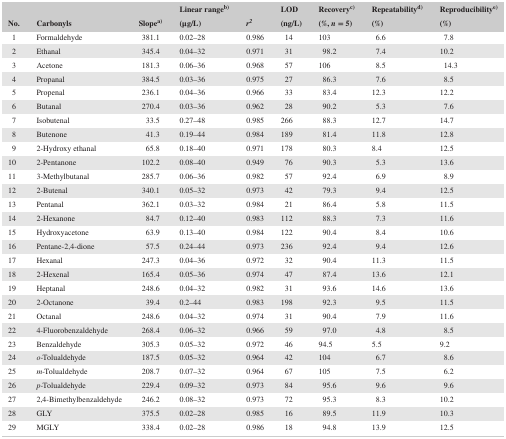
<table><thead><tr><td></td><td></td><td></td><td><b>Linear rangeb)</b></td><td></td><td><b>LOD</b></td><td><b>Recoveryc)</b></td><td><b>Repeatabilityd)</b></td><td><b>Reproducibilitye)</b></td></tr><tr><td><b>No.</b></td><td><b>Carbonyls</b></td><td><b>Slopea)</b></td><td><b>(μg/L)</b></td><td><b><i>r<sup>2</sup></i></b></td><td><b>(ng/L)</b></td><td><b>(%, <i>n</i> = 5)</b></td><td><b>(%)</b></td><td><b>(%)</b></td></tr></thead><tbody><tr><td>1</td><td>Formaldehyde</td><td>381.1</td><td>0.02–28</td><td>0.986</td><td>14</td><td>103</td><td>6.6</td><td>7.8</td></tr><tr><td>2</td><td>Ethanal</td><td>345.4</td><td>0.04–32</td><td>0.971</td><td>31</td><td>98.2</td><td>7.4</td><td>10.2</td></tr><tr><td>3</td><td>Acetone</td><td>181.3</td><td>0.06–36</td><td>0.968</td><td>57</td><td>106</td><td>8.5</td><td>14.3</td></tr><tr><td>4</td><td>Propanal</td><td>384.5</td><td>0.03–36</td><td>0.975</td><td>27</td><td>86.3</td><td>7.6</td><td>8.5</td></tr><tr><td>5</td><td>Propenal</td><td>236.1</td><td>0.04–36</td><td>0.966</td><td>33</td><td>83.4</td><td>12.3</td><td>12.2</td></tr><tr><td>6</td><td>Butanal</td><td>270.4</td><td>0.03–36</td><td>0.962</td><td>28</td><td>90.2</td><td>5.3</td><td>7.6</td></tr><tr><td>7</td><td>Isobutenal</td><td>33.5</td><td>0.27–48</td><td>0.985</td><td>266</td><td>88.3</td><td>12.7</td><td>14.7</td></tr><tr><td>8</td><td>Butenone</td><td>41.3</td><td>0.19–44</td><td>0.984</td><td>189</td><td>81.4</td><td>11.8</td><td>12.8</td></tr><tr><td>9</td><td>2‐Hydroxy ethanal</td><td>65.8</td><td>0.18–40</td><td>0.971</td><td>178</td><td>80.3</td><td>8.4</td><td>12.5</td></tr><tr><td>10</td><td>2‐Pentanone</td><td>102.2</td><td>0.08–40</td><td>0.949</td><td>76</td><td>90.3</td><td>5.3</td><td>13.6</td></tr><tr><td>11</td><td>3‐Methylbutanal</td><td>285.7</td><td>0.06–36</td><td>0.982</td><td>57</td><td>92.4</td><td>6.9</td><td>8.9</td></tr><tr><td>12</td><td>2‐Butenal</td><td>340.1</td><td>0.05–32</td><td>0.973</td><td>42</td><td>79.3</td><td>9.4</td><td>12.5</td></tr><tr><td>13</td><td>Pentanal</td><td>362.1</td><td>0.03–32</td><td>0.984</td><td>21</td><td>86.4</td><td>5.8</td><td>11.5</td></tr><tr><td>14</td><td>2‐Hexanone</td><td>84.7</td><td>0.12–40</td><td>0.983</td><td>112</td><td>88.3</td><td>7.3</td><td>11.6</td></tr><tr><td>15</td><td>Hydroxyacetone</td><td>63.9</td><td>0.13–40</td><td>0.984</td><td>122</td><td>90.4</td><td>8.4</td><td>10.6</td></tr><tr><td>16</td><td>Pentane‐2,4‐dione</td><td>57.5</td><td>0.24–44</td><td>0.973</td><td>236</td><td>92.4</td><td>9.4</td><td>12.6</td></tr><tr><td>17</td><td>Hexanal</td><td>247.3</td><td>0.04–36</td><td>0.972</td><td>32</td><td>90.4</td><td>11.3</td><td>11.5</td></tr><tr><td>18</td><td>2‐Hexenal</td><td>165.4</td><td>0.05–36</td><td>0.974</td><td>47</td><td>87.4</td><td>13.6</td><td>12.1</td></tr><tr><td>19</td><td>Heptanal</td><td>248.6</td><td>0.04–32</td><td>0.982</td><td>31</td><td>93.6</td><td>14.6</td><td>13.6</td></tr><tr><td>20</td><td>2‐Octanone</td><td>39.4</td><td>0.2–44</td><td>0.983</td><td>198</td><td>92.3</td><td>9.5</td><td>11.5</td></tr><tr><td>21</td><td>Octanal</td><td>248.6</td><td>0.04–32</td><td>0.974</td><td>31</td><td>90.4</td><td>7.9</td><td>11.6</td></tr><tr><td>22</td><td>4‐Fluorobenzaldehyde</td><td>268.4</td><td>0.06–32</td><td>0.966</td><td>59</td><td>97.0</td><td>4.8</td><td>8.5</td></tr><tr><td>23</td><td>Benzaldehyde</td><td>305.3</td><td>0.05–32</td><td>0.972</td><td>46</td><td>94.5</td><td>5.5</td><td>9.2</td></tr><tr><td>24</td><td><i>o</i>‐Tolualdehyde</td><td>187.5</td><td>0.05–32</td><td>0.964</td><td>42</td><td>104</td><td>6.7</td><td>8.6</td></tr><tr><td>25</td><td><i>m</i>‐Tolualdehyde</td><td>208.7</td><td>0.07–32</td><td>0.964</td><td>67</td><td>105</td><td>7.5</td><td>6.2</td></tr><tr><td>26</td><td><i>p</i>‐Tolualdehyde</td><td>229.4</td><td>0.09–32</td><td>0.973</td><td>84</td><td>95.6</td><td>9.6</td><td>9.6</td></tr><tr><td>27</td><td>2,4‐Bimethylbenzaldehyde</td><td>246.2</td><td>0.08–32</td><td>0.973</td><td>72</td><td>95.3</td><td>8.3</td><td>10.2</td></tr><tr><td>28</td><td>GLY</td><td>375.5</td><td>0.02–28</td><td>0.985</td><td>16</td><td>89.5</td><td>11.9</td><td>10.3</td></tr><tr><td>29</td><td>MGLY</td><td>338.4</td><td>0.02–28</td><td>0.986</td><td>18</td><td>94.8</td><td>13.9</td><td>12.5</td></tr></tbody></table>